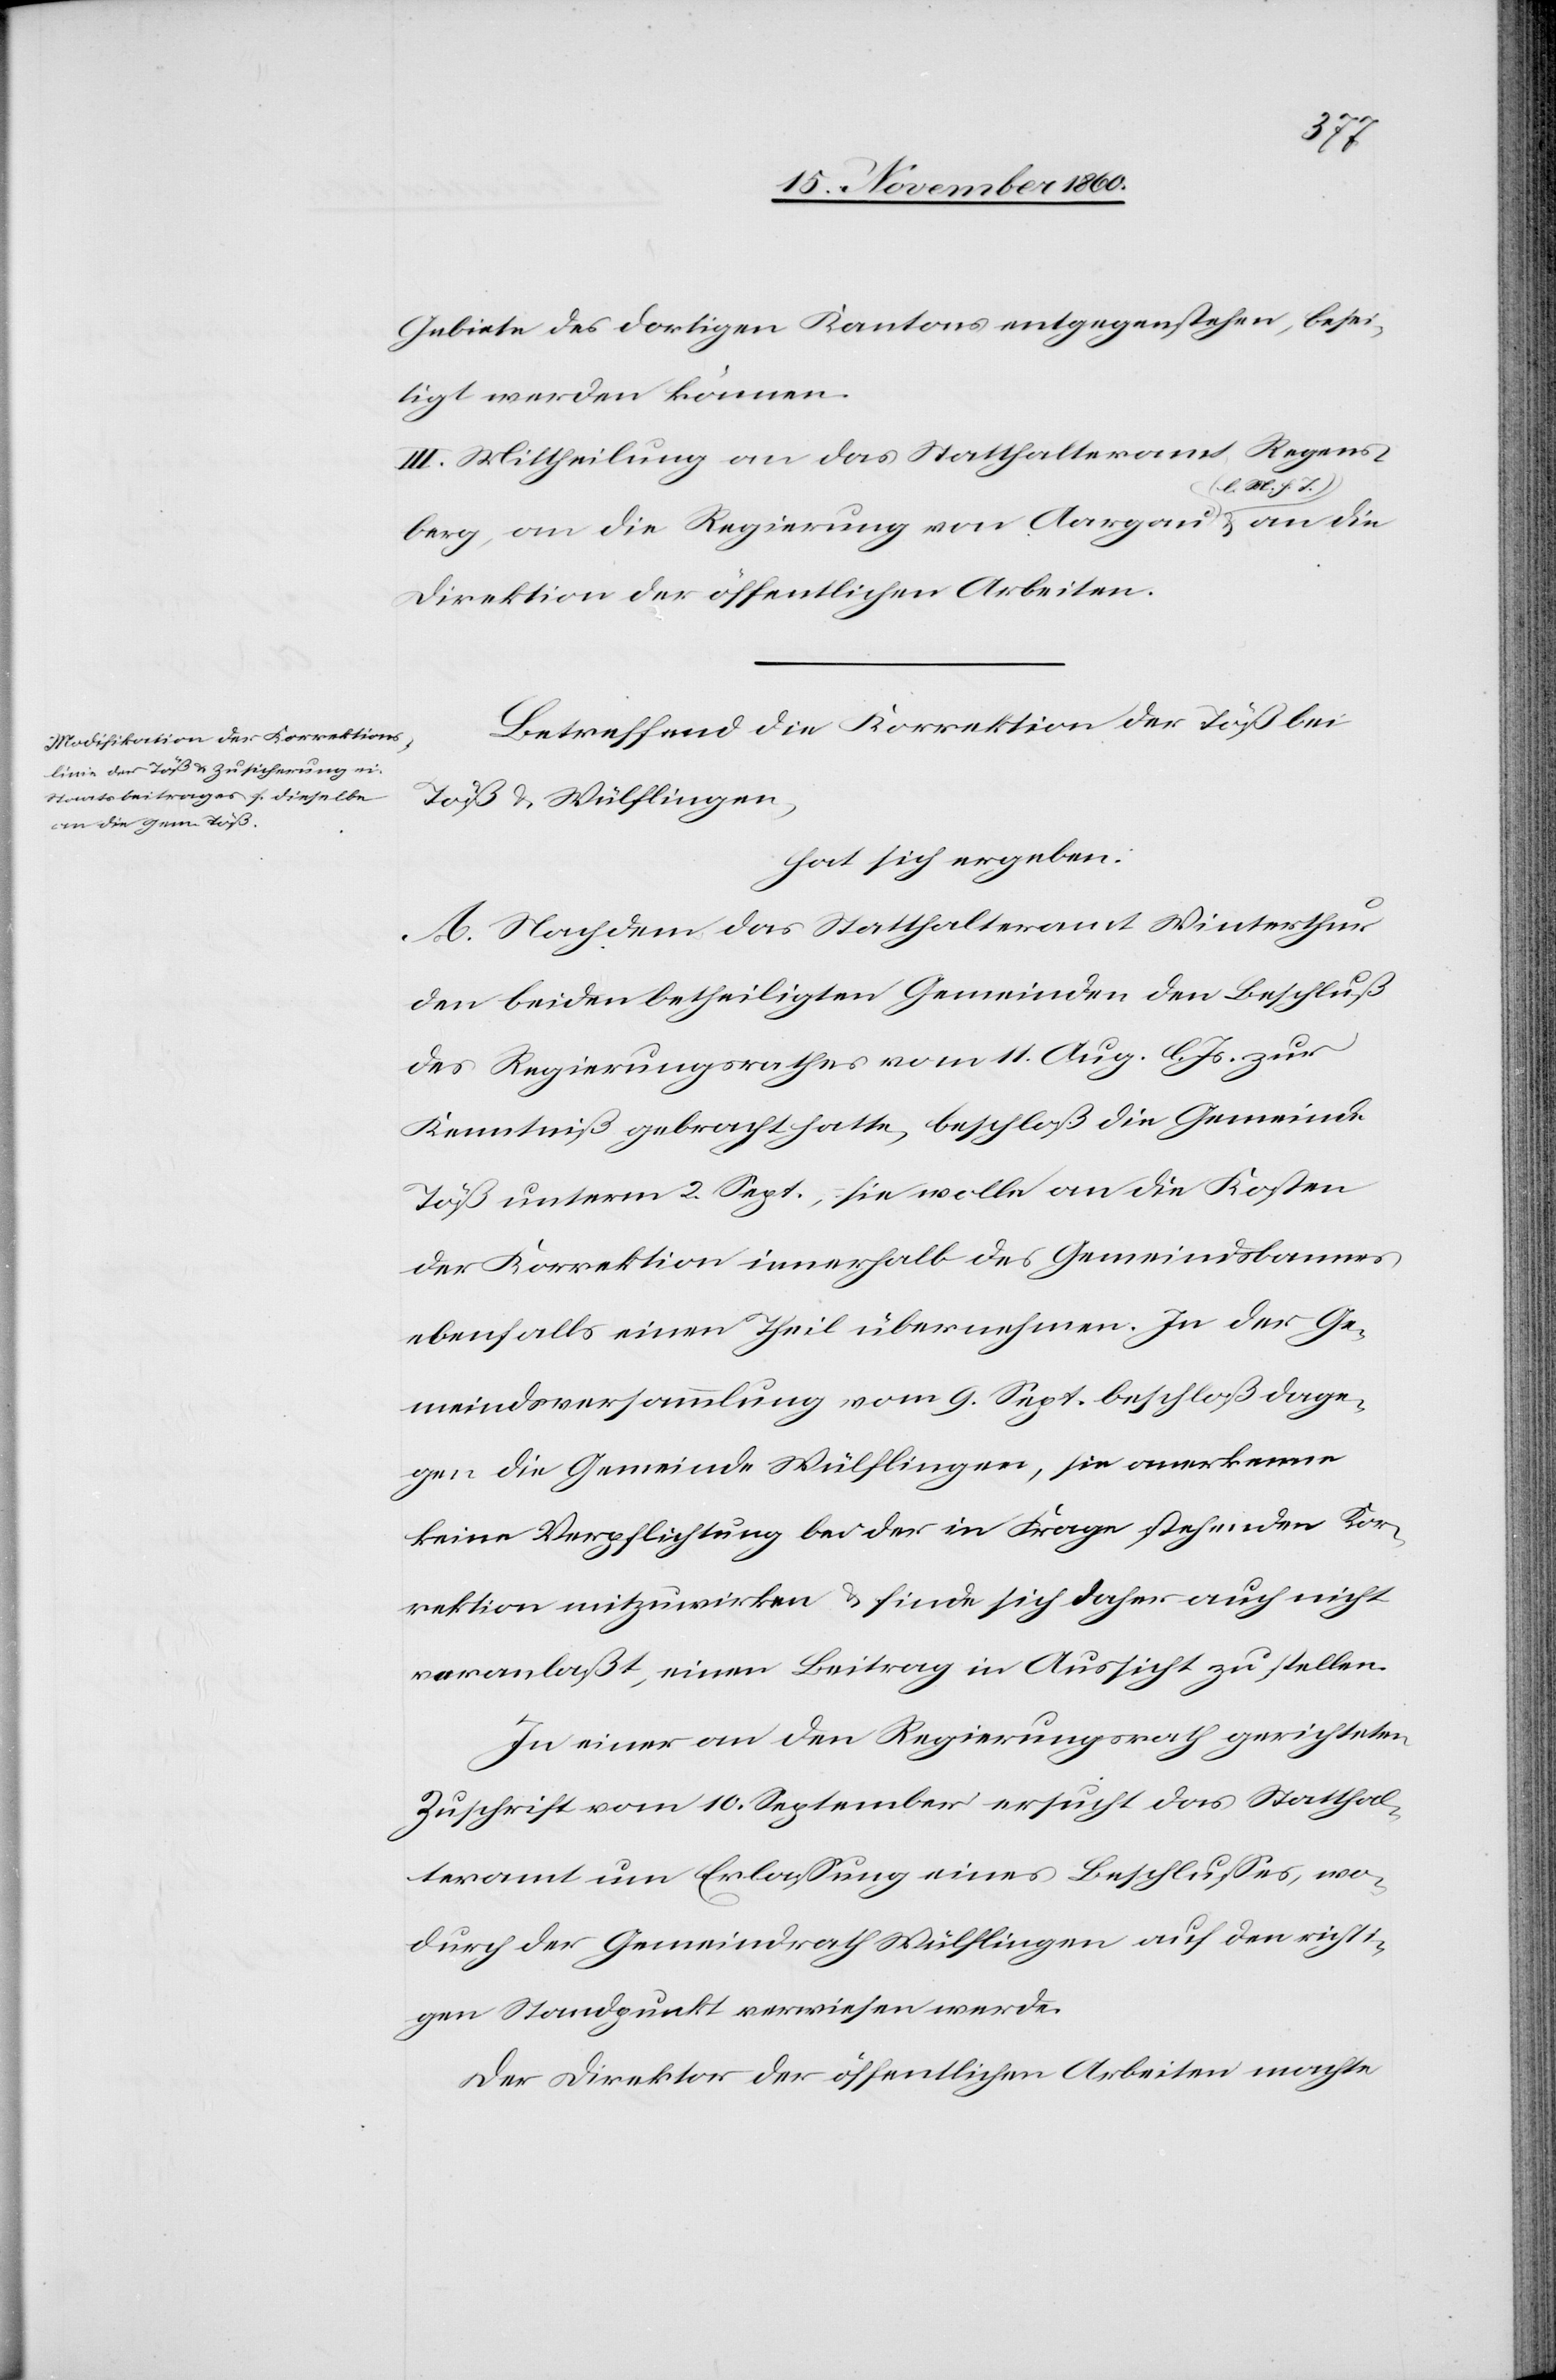
T.)
Gebiete des dortigen Kantons entgegenstehen, besei¬
tigt werden können.
III. Mittheilung an das Statthalteramt Regens¬
an die
berg, an die Regierung von Aargau (l. M. h.
Direktion der öffentlichen Arbeiten.
Betreffend die Korrektion der Töß bei
Töß u. Wülflingen,
hat sich ergeben:
A. Nachdem das Statthalteramt Winterthur
den beiden betheiligten Gemeinden den Beschluß
des Regierungsrathes vom 11. Aug. l. Js. zur
Kenntniß gebracht hatte, beschloß die Gemeinde
Töß unterm 2. Sept., sie wolle an die Kosten
der Korrektion innerhalb des Gemeindsbannes
ebenfalls einen Theil übernehmen. In der Ge¬
meindsversammlung vom 9. Sept. beschloß dage¬
gen die Gemeinde Wülflingen, sie anerkenne
keine Verpflichtung bei der in Frage stehenden Kor¬
rektion mitzuwirken u. finde sich daher auch nicht
veranlaßt, einen Beitrag in Aussicht zu stellen.
In einer an den Regierungsrath gerichteten
Zuschrift vom 10. September ersucht das Statthal¬
teramt um Erlassung eines Beschlusses, wo¬
durch der Gemeindrath Wülflingen auf den richti¬
gen Standpunkt verwiesen werde.
Der Direktor der öffentlichen Arbeiten machte